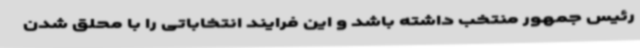
رئیس جمهور منتخب داشته باشد و این فرایند انتخاباتی را با محلق شدن